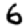
Digit: 6